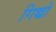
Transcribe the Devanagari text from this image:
गिच्चो